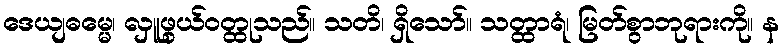
ဒေယျဓမ္မေ၊ လှူဖွယ်ဝတ္ထုသည်။ သတိ၊ ရှိသော်။ သတ္ထာရံ၊ မြတ်စွာဘုရားကို။ န